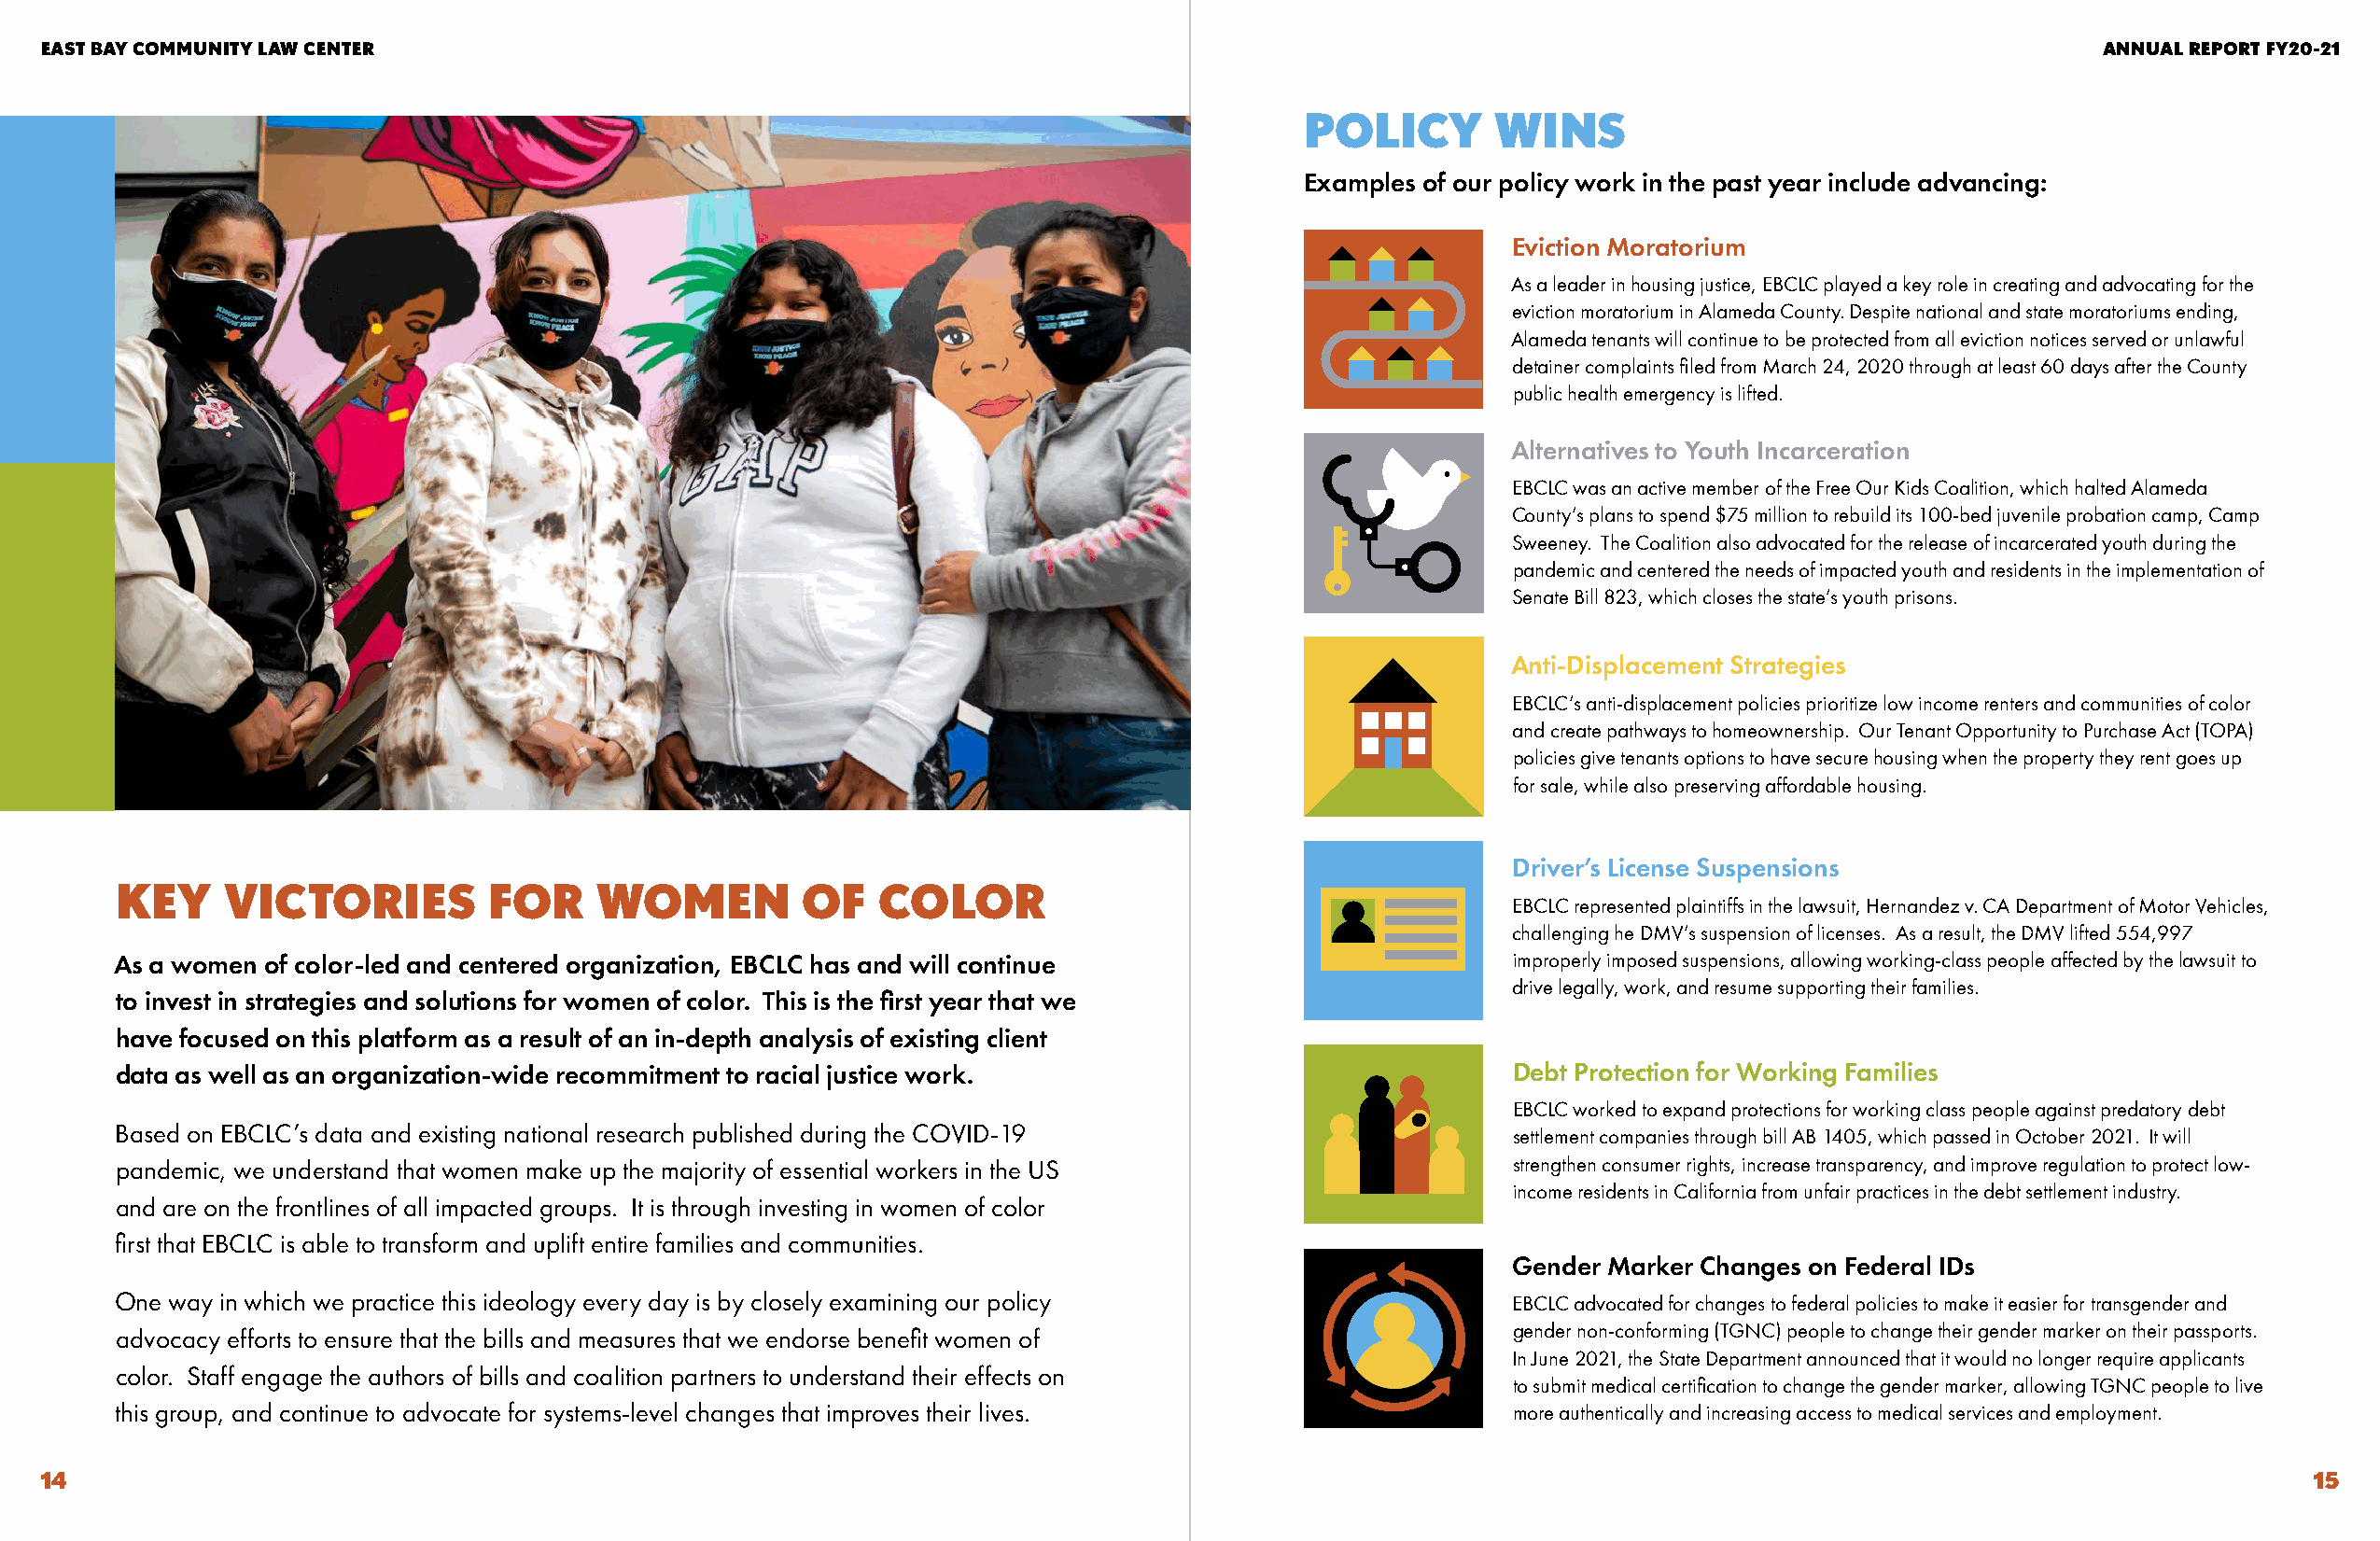
EAST BAY COMMUNITY LAW CENTER                                                                                                                     ANNUAL REPORT FY20-21
 POLICY       WINS
 Examples of our policy work in the past year include advancing:
 Eviction Moratorium
 As a leader in housing justice, EBCLC played a key role in creating and advocating for the
 eviction moratorium in Alameda County. Despite national and state moratoriums ending,
 Alameda tenants will continue to be protected from all eviction notices served or unlawful
 detainer complaints filed from March 24, 2020 through at least 60 days after the County
 public health emergency is lifted.
 Alternatives to Youth Incarceration
 EBCLC was an active member of the Free Our Kids Coalition, which halted Alameda
 County’s plans to spend $75 million to rebuild its 100-bed juvenile probation camp, Camp
 Sweeney. The Coalition also advocated for the release of incarcerated youth during the
 pandemic and centered the needs of impacted youth and residents in the implementation of
 Senate Bill 823, which closes the state’s youth prisons.
 Anti-Displacement Strategies
 EBCLC’s anti-displacement policies prioritize low income renters and communities of color
 and create pathways to homeownership. Our Tenant Opportunity to Purchase Act (TOPA)
 policies give tenants options to have secure housing when the property they rent goes up
 for sale, while also preserving affordable housing.
 Driver’s License Suspensions
 KEY     VICTORIES          FOR    WOMEN          OF   COLOR
 EBCLC represented plaintiffs in the lawsuit, Hernandez v. CA Department of Motor Vehicles,
 challenging he DMV’s suspension of licenses. As a result, the DMV lifted 554,997
 As a women of color-led and centered organization, EBCLC has and will continue                     improperly imposed suspensions, allowing working-class people affected by the lawsuit to
 drive legally, work, and resume supporting their families.
 to invest in strategies and solutions for women of color. This is the first year that we
 have focused on this platform as a result of an in-depth analysis of existing client
 data as well as an organization-wide recommitment to racial justice work.                          Debt Protection for Working Families
 EBCLC worked to expand protections for working class people against predatory debt
 Based on EBCLC’s data and existing national research published during the COVID-19
 settlement companies through bill AB 1405, which passed in October 2021. It will
 pandemic, we understand that women make up the majority of essential workers in the US             strengthen consumer rights, increase transparency, and improve regulation to protect low-
 income residents in California from unfair practices in the debt settlement industry.
 and are on the frontlines of all impacted groups. It is through investing in women of color
 first that EBCLC is able to transform and uplift entire families and communities.
 Gender Marker Changes on Federal IDs
 One way in which we practice this ideology every day is by closely examining our policy            EBCLC advocated for changes to federal policies to make it easier for transgender and
 advocacy efforts to ensure that the bills and measures that we endorse benefit women of            gender non-conforming (TGNC) people to change their gender marker on their passports.
 In June 2021, the State Department announced that it would no longer require applicants
 color. Staff engage the authors of bills and coalition partners to understand their effects on
 to submit medical certification to change the gender marker, allowing TGNC people to live
 this group, and continue to advocate for systems-level changes that improves their lives.          more authentically and increasing access to medical services and employment.
 14                                                                                                                                                               15